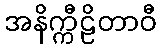
အနိက္ကီဠိတာဝီ